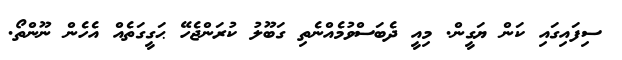
ސިފައިގައި ކަން ޔަގީން. މިއީ ދެބަސްވުމެއްނެތި ގަބޫލު ކުރަންޖެހޭ ޙަގީގަތެއް އެހެން ނޫންތޯ.